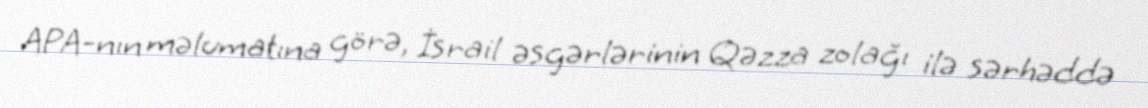
APA-nın məlumatına görə, İsrail əsgərlərinin Qəzza zolağı ilə sərhəddə